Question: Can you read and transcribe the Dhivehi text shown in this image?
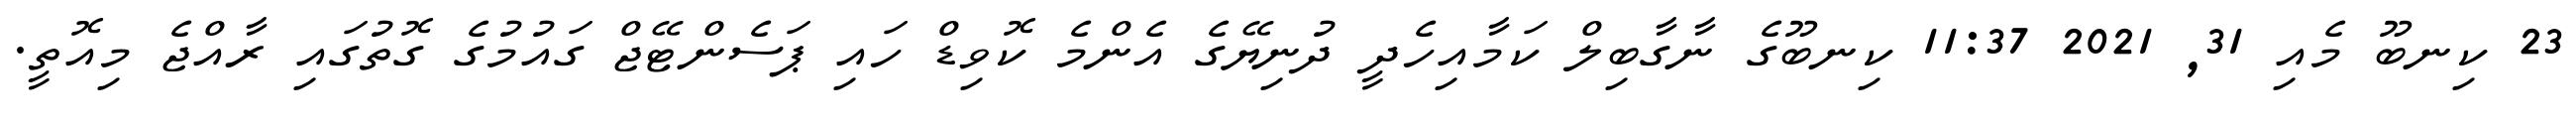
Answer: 23 ކިނބޫ މެއި 31, 2021 11:37 ކިނބޫގެ ނާގާބިލް ކަމާއިހެދީ ދުނިޔޭގެ އެންމެ ކޮވިޑް ހައި ޕަސެންޓޭޖް ގައުމުގެ ގޮތުގައި ރާއްޖެ މިއޮތީ.